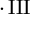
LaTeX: \cdot \operatorname { I I I }